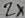
Text: 2x